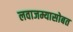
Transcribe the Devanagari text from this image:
लवाजम्यासोबत